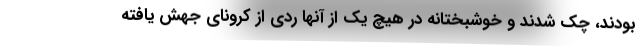
بودند، چک شدند و خوشبختانه در هیچ یک از آنها ردی از کرونای جهش یافته